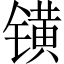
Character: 𨱑